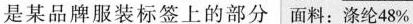
是某品牌服装标签上的部分 面料： \underline{涤纶48%}